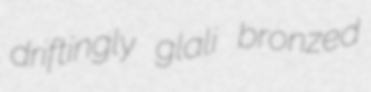
driftingly glali bronzed